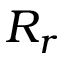
R _ { r }